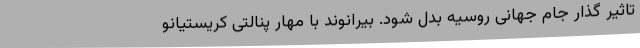
تاثیر گذار جام جهانی روسیه بدل شود. بیرانوند با مهار پنالتی کریستیانو